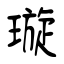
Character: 璇